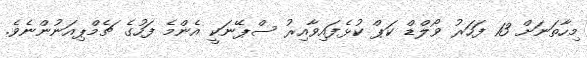
މިހާތަނަށް 13 ފަހަރު ވޯލްޑް ކަޕް ކުޅެފައިވާއިރު ސްޕޭނަކީ އެންމެ ފަހުގެ ޗެމްޕިއަނުންނެވެ.